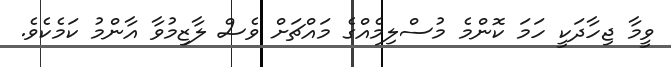
ވީމާ ޖިހާދަކީ ހަމަ ކޮންމެ މުސްލިމެއްގެ މައްޗަށް ވެސް ލާޒިމުވާ އާންމު ކަމެކެވެ.